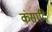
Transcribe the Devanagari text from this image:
कंसादि